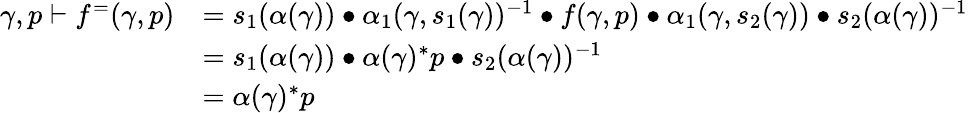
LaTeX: \begin{array}{rl}{\gamma,p\vdash f^{=}(\gamma,p)}&{=s_{1}(\alpha(\gamma))\bullet\alpha_{1}(\gamma,s_{1}(\gamma))^{-1}\bullet f(\gamma,p)\bullet\alpha_{1}(\gamma,s_{2}(\gamma))\bullet s_{2}(\alpha(\gamma))^{-1}}\\ &{=s_{1}(\alpha(\gamma))\bullet\alpha(\gamma)^{*}p\bullet s_{2}(\alpha(\gamma))^{-1}}\\ &{=\alpha(\gamma)^{*}p}\end{array}